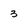
Character: 3